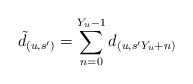
\begin{align*}\tilde{d}_{(u,s')} = \sum_{n = 0}^{Y_u-1} d_{(u,s'Y_u + n)}\end{align*}